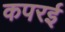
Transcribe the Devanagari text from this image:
कपरई